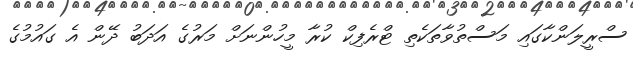
ސްރީލަންކާގައި މަސްތުވާތަކެތި ޓްރެފިކް ކުރާ މީހުންނަށް މަރުގެ އަދަބު ދޭން އެ ގައުމުގެ